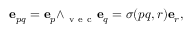
{ \mathbf e } _ { p q } = { \mathbf e } _ { p } { \wedge _ { \mathrm { ~ v ~ e ~ c ~ } } } { \mathbf e } _ { q } = \sigma ( p q , r ) { \mathbf e } _ { r } ,